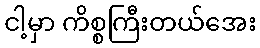
ငါ့မှာ ကိစ္စကြီးတယ်အေး